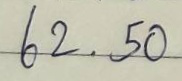
62 . 50